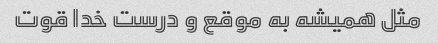
مثل همیشه به موقع و درست خدا قوت